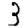
Digit: 3